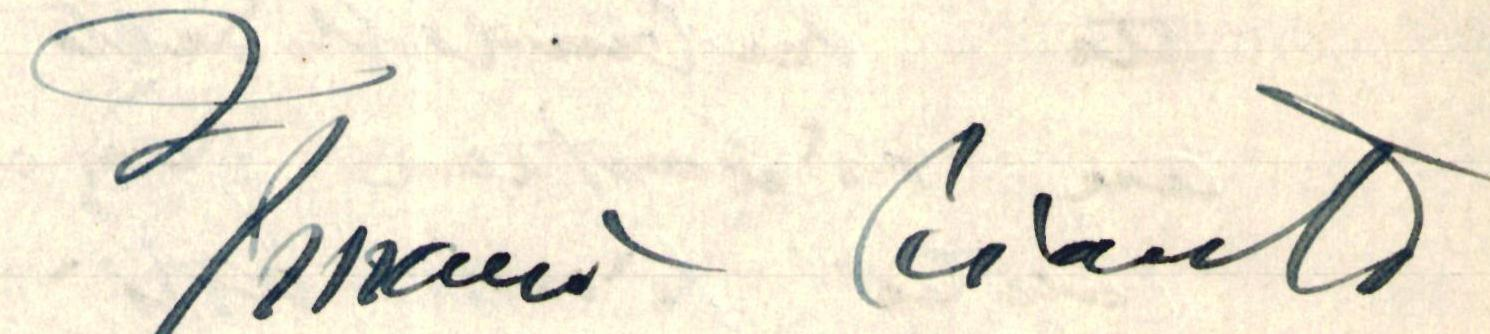
Ilmari Kianto